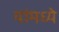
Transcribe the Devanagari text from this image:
यांमध्‍ये